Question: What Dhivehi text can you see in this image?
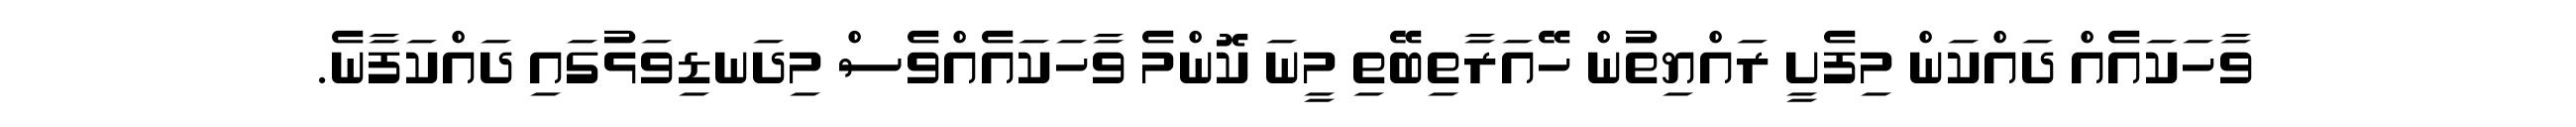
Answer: ވާހަކައެއް ދައްކަން މިފެށީ ރައްޔިތުން ހޭއަރާތިބޭތި މީނަ ކޮންމެ ވާހަކައެއްވެސް މިދަނޑިވަޅުގައި ދައްކަފާނެ.